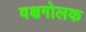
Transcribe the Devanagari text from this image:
वक्षगोलक